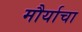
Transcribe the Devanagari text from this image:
मौर्याचा